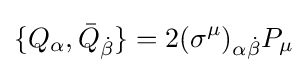
\{Q_{\alpha },{\bar {Q}}_{\dot {\beta }}\}=2(\sigma ^{\mu })_{\alpha {\dot {\beta }}}P_{\mu }